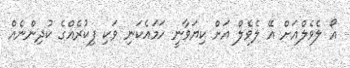
އޯ ލެވެލްއަށް އޭ ލެވެލް އަށް ކިޔަވާނީ ހަމައެކަނި ވަކި ފިކުރެއްގެ ކުދިންނެއް